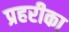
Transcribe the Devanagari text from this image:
प्रहरीका